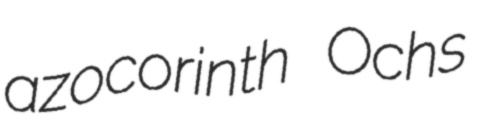
azocorinth Ochs